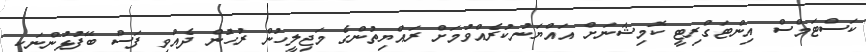
ކަސްޓަމްސް އިންޓަގްރިޓީ ކޮމިޝަނަށް އައްޔަނުކުރެއްވުމަށް ރައްޔިތުންގެ މަޖިލީހުން ރުހުން ދެއްވި ފަސް ބޭފުޅުންނަކީ